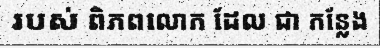
របស់ ពិភពលោក ដែល ជា កន្លែង